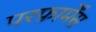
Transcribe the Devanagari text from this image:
परफ़ार्मेंस